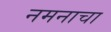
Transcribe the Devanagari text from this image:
नमनाचा